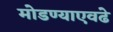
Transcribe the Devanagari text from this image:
मोडण्याएवढे